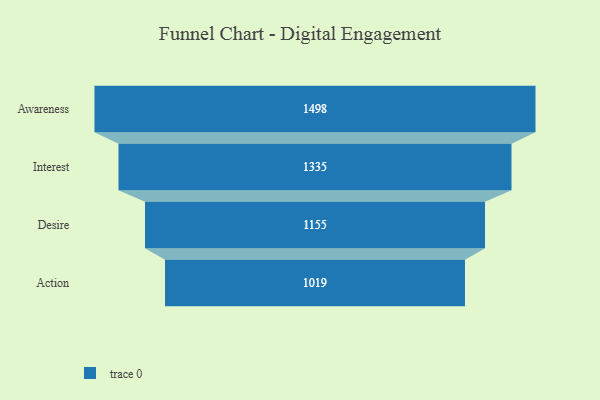
{"axis": {"x": "Stage", "y": "Value"}, "legend": [""], "data": [{"x": "Awareness", "y": 1498.0, "type": ""}, {"x": "Interest", "y": 1335.0, "type": ""}, {"x": "Desire", "y": 1155.0, "type": ""}, {"x": "Action", "y": 1019.0, "type": ""}]}